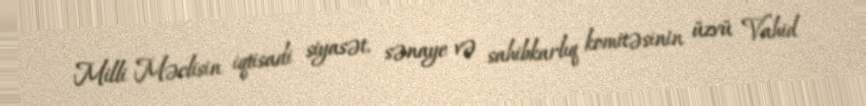
Milli Məclisin iqtisadi siyasət, sənaye və sahibkarlıq komitəsinin üzvü Vahid